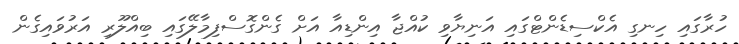
ހުރާގައި ހިނގި އެކްސިޑެންޓްގައި އަނިޔާވި ކުއްޖާ އިންޑިއާ އަށް ގެންގޮސްފިމާލޭގައި ބިއްލޫރި އަރުވައިގެން